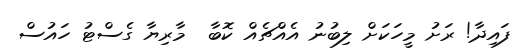
ފައިދާ! ރަށު މީހަކަށް ލިބުނު އެއްޗެއް ކޮބާ  މާރިޔާ ގެސްޓު ހައުސް